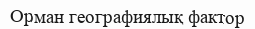
Орман географиялық фактор